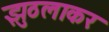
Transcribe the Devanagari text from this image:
झुठलाकर